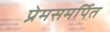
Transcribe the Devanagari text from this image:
प्रेमसमर्पित